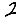
Digit: 2